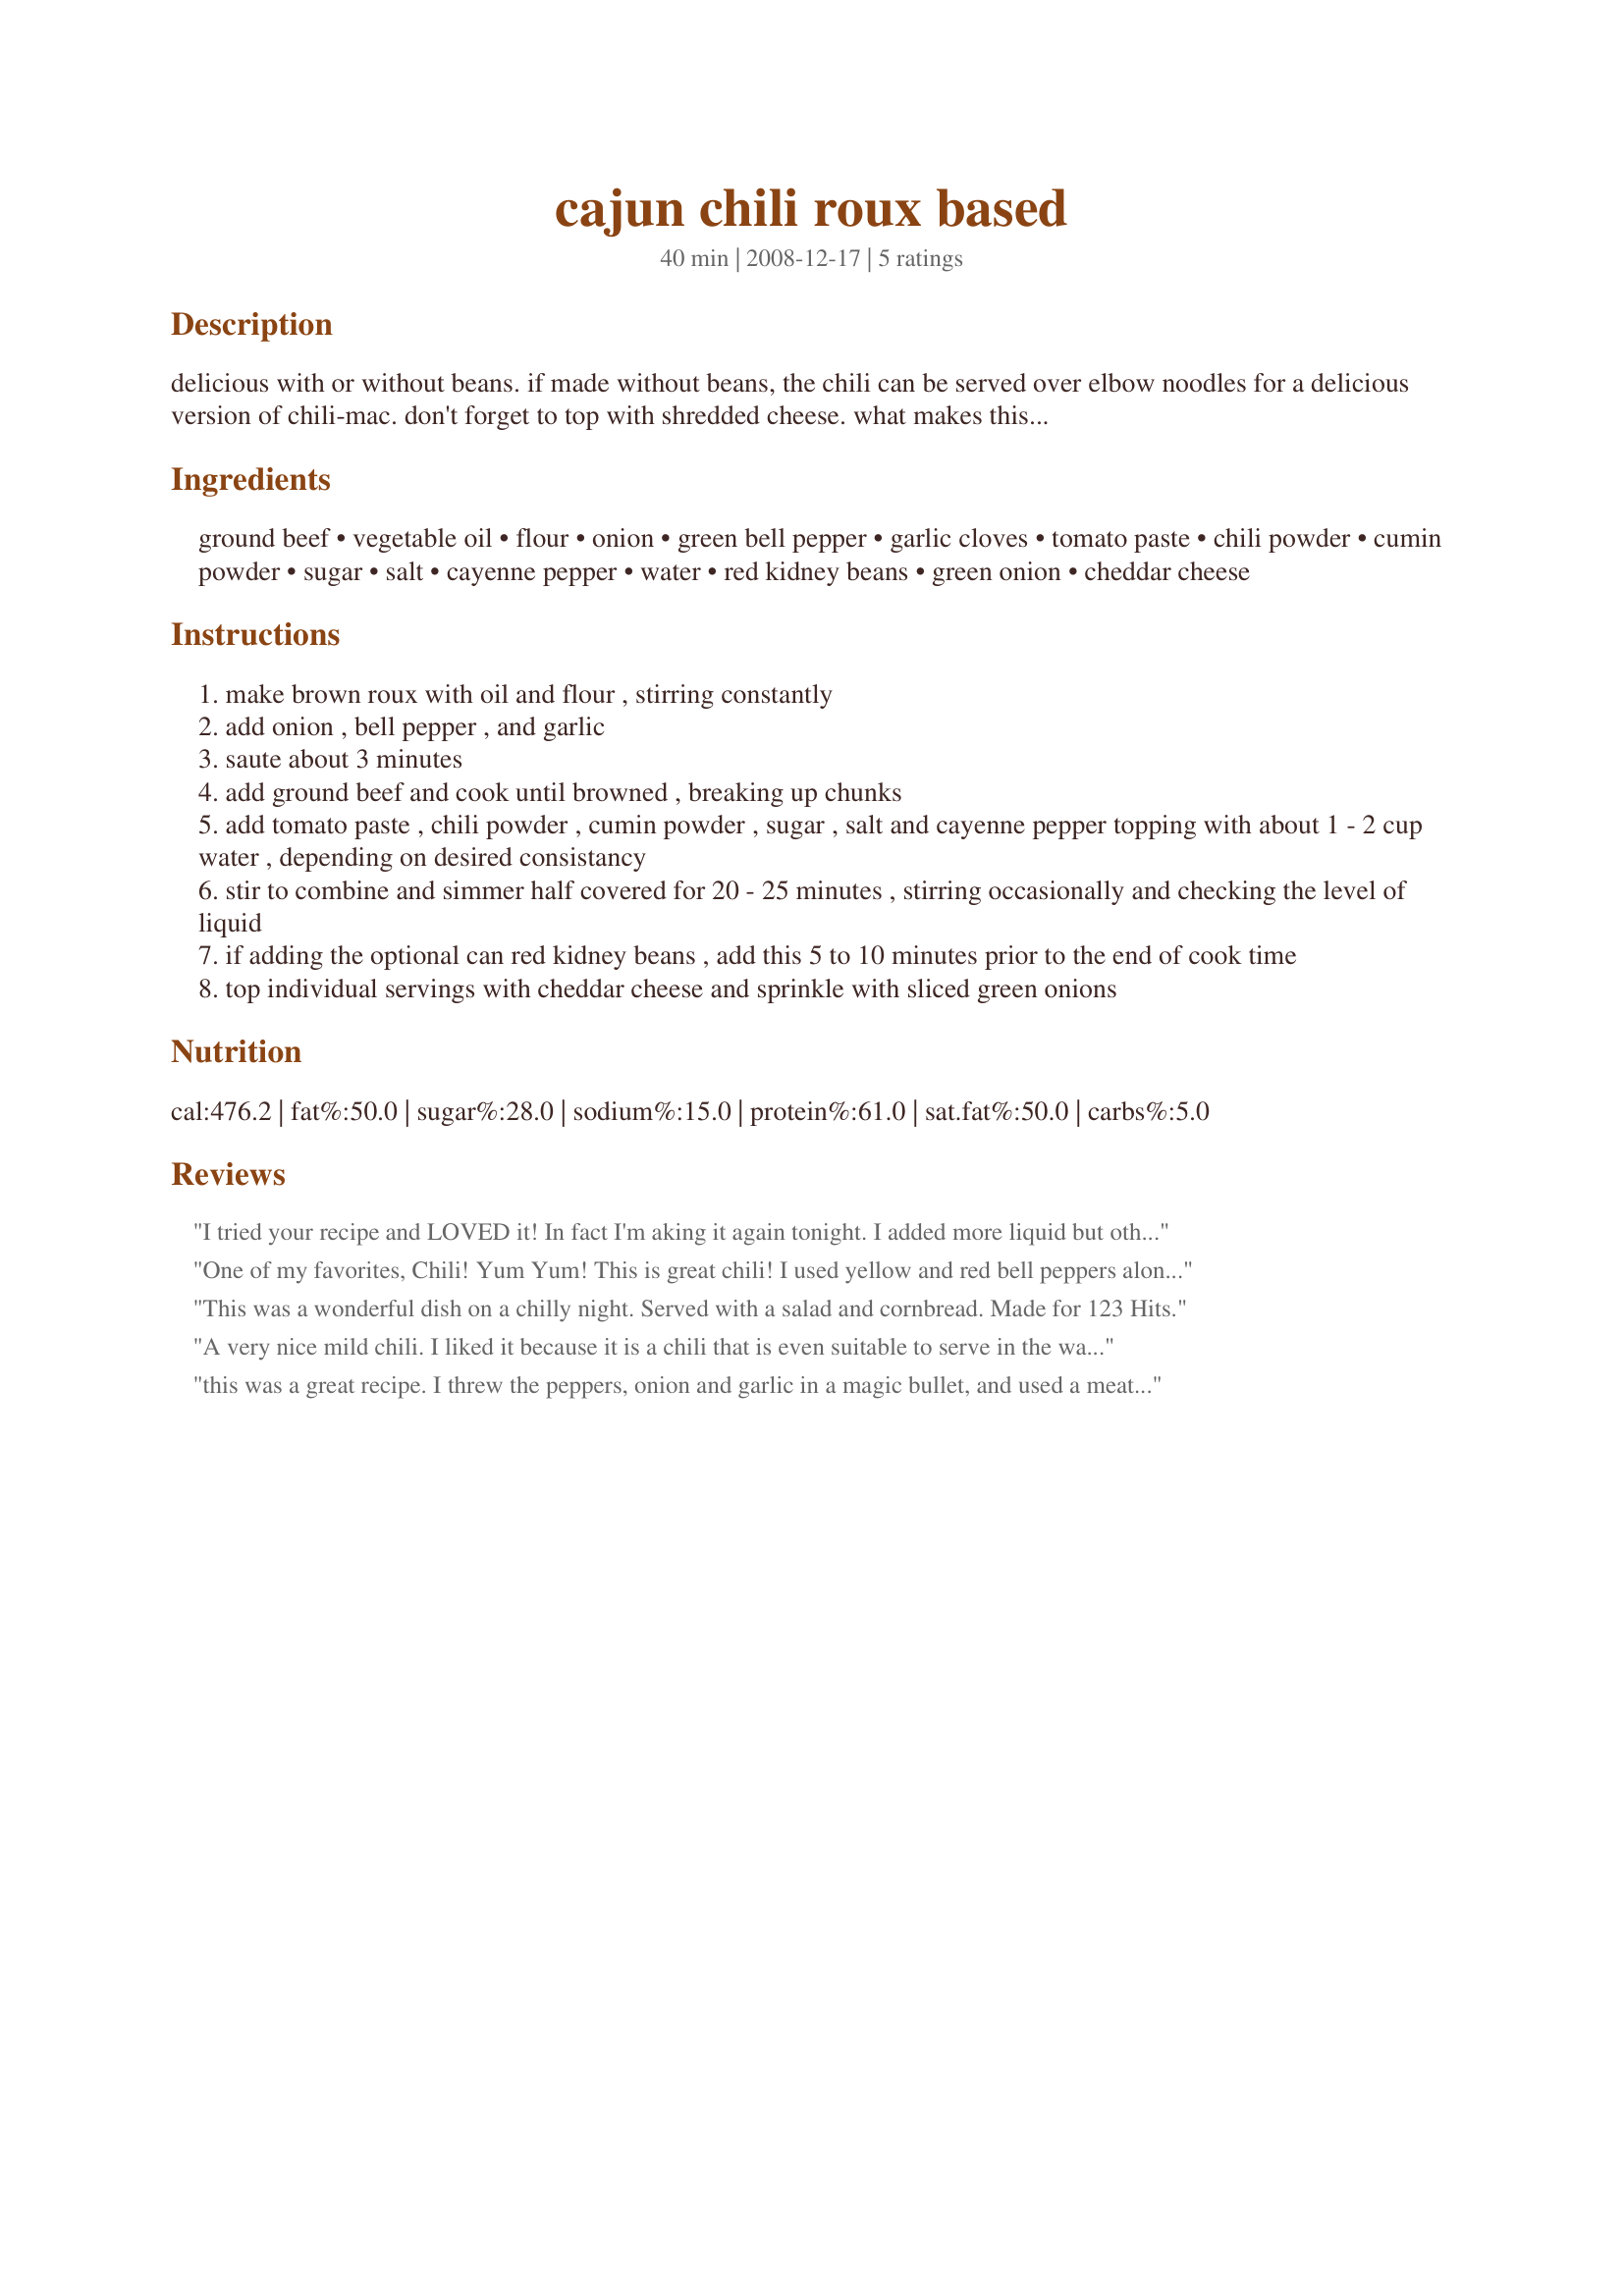
cajun chili roux based
Preparation time: 40 minutes

delicious with or without beans. if made without beans, the chili can be served over elbow noodles for a delicious version of chili-mac. don't forget to top with shredded cheese. what makes this chili different is the first step. the roux base gives the chili body and a saucy texture. i like that--body and sauciness!

Ingredients:
ground beef, vegetable oil, flour, onion, green bell pepper, garlic cloves, tomato paste, chili powder, cumin powder, sugar, salt, cayenne pepper, water, red kidney beans, green onion, cheddar cheese

Steps:
make brown roux with oil and flour , stirring constantly
add onion , bell pepper , and garlic
saute about 3 minutes
add ground beef and cook until browned , breaking up chunks
add tomato paste , chili powder , cumin powder , sugar , salt and cayenne pepper topping with about 1 - 2 cup water , depending on desired consistancy
stir to combine and simmer half covered for 20 - 25 minutes , stirring occasionally and checking the level of liquid
if adding the optional can red kidney beans , add this 5 to 10 minutes prior to the end of cook time
top individual servings with cheddar cheese and sprinkle with sliced green onions

Reviews:
I tried your recipe and LOVED it! In fact I'm aking it again tonight. I added more liquid but othrwise left it alone and it was even better the next day.
THANK YOU for such a wonderful, AND versatile Chili recipe
One of my favorites, Chili! Yum Yum! This is great chili! I used yellow and red bell peppers along with the green, since I had them. I also used my recipe forhttp://www.recipezaar.com/Chili-Powder-Blend-221230, and omitted the cumin and chili powder. A very nice chili, full of flavor! Another keeper Andi, thanks for sharing. Made for KK's forum Go For the Green!
This was a wonderful dish on a chilly night. Served with a salad and cornbread. Made for 123 Hits.
A very nice mild chili. I liked it because it is a chili that is even suitable to serve in the warm weather since it has so many veggies and therefore is not as "heavy" as most chilis. The spice is subtle, but nice. I was looking for something to make with beans, so I may have used more beans than meat, but it is still good. I also used red peppers instead of the green bell peppers. Made for ZWT5.
this was a great recipe. I threw the peppers, onion and garlic in a magic bullet, and used a meat mallet to make the meat this chili extra smooth. going to use this as my chili base from now on. maybe substitute some dark beer for some of the water next time
